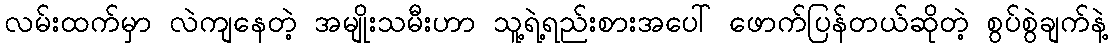
လမ်းထက်မှာ လဲကျနေတဲ့ အမျိုးသမီးဟာ သူ့ရဲ့ရည်းစားအပေါ် ဖောက်ပြန်တယ်ဆိုတဲ့ စွပ်စွဲချက်နဲ့